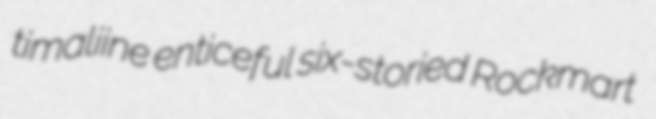
timaliine enticeful six-storied Rockmart